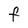
Character: F